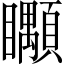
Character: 𥍎